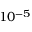
1 0 ^ { - 5 }